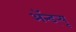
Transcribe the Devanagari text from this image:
ॲन्ड्र्‍यू